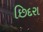
છિદરા